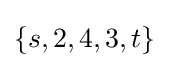
\{s,2,4,3,t\}